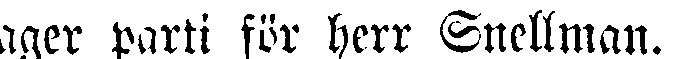
ager parti för herr Snellman.